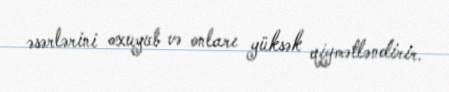
əsərlərini oxuyub və onları yüksək qiymətləndirir.